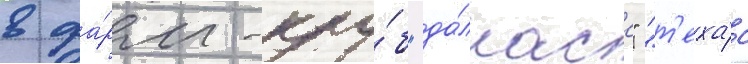
в фа́рм-клу́б "да́лласа" "т'еха́с